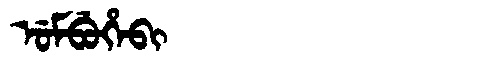
Manchu: ᡠᠮᠪᡠᡥᡝᠪᡳ
Romanization: UMBUHEBI